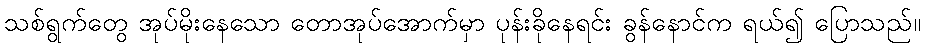
သစ်ရွက်တွေ အုပ်မိုးနေသော တောအုပ်အောက်မှာ ပုန်းခိုနေရင်း ခွန်နောင်က ရယ်၍ ပြောသည်။